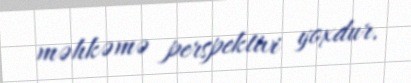
məhkəmə perspektivi yoxdur.